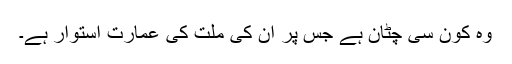
وہ کون سی چٹان ہے جس پر ان کی ملت کی عمارت استوار ہے۔